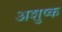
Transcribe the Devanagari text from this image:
अशुष्क